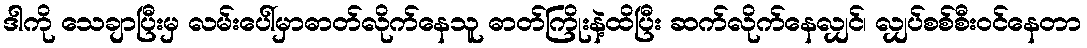
ဒါကို သေချာပြီးမှ လမ်းပေါ်မှာဓာတ်လိုက်နေသူ ဓာတ်ကြိုးနဲ့ထိပြီး ဆက်လိုက်နေလျှင်၊ လျှပ်စစ်စီးဝင်နေတာ